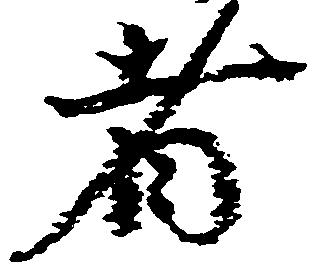
者